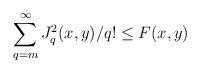
LaTeX: \begin{align*}\sum_{q=m}^{\infty} J_q^2(x,y)/q! \leq F(x,y)\end{align*}